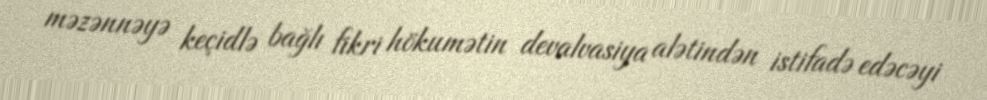
məzənnəyə keçidlə bağlı fikri hökumətin devalvasiya alətindən istifadə edəcəyi